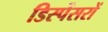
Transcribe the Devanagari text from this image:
डिस्पेंसरों